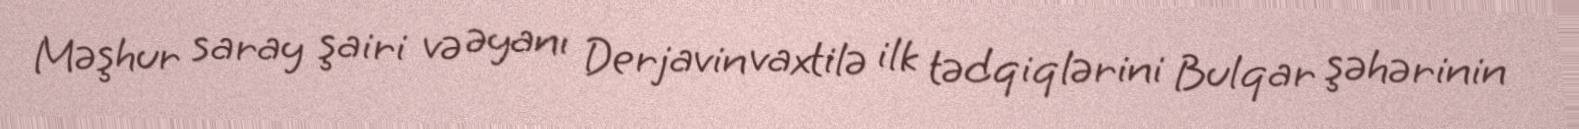
Məşhur saray şairi və əyanı Derjavin vaxtilə ilk tədqiqlərini Bulqar şəhərinin